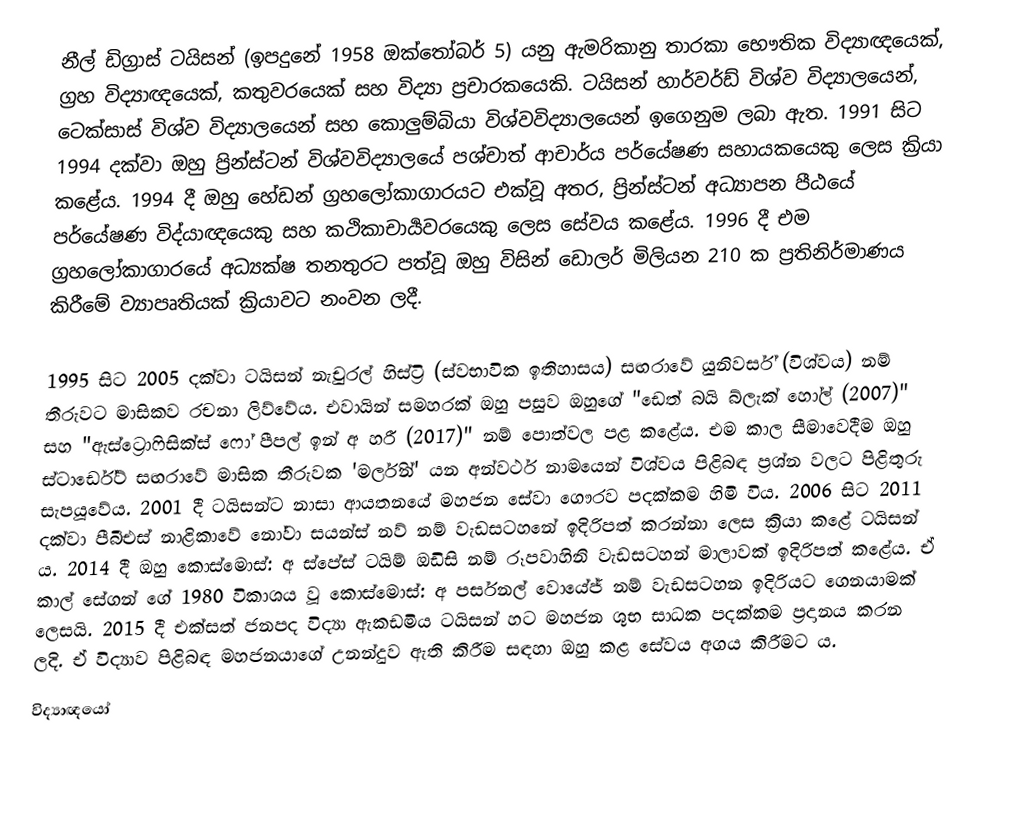
නීල් ඩිග්‍රාස් ටයිසන් (ඉපදුනේ 1958 ඔක්තෝබර් 5) යනු ඇමරිකානු තාරකා භෞතික විද්‍යාඥයෙක්, ග්‍රහ විද්‍යාඥයෙක්, කතුවරයෙක් සහ විද්‍යා ප්‍රචාරකයෙකි. ටයිසන් හාර්වර්ඩ් විශ්ව විද්‍යාලයෙන්, ටෙක්සාස් විශ්ව විද්‍යාලයෙන් සහ කොලුම්බියා විශ්වවිද්‍යාලයෙන් ඉගෙනුම ලබා ඇත. 1991 සිට 1994 දක්වා ඔහු ප්‍රින්ස්ටන් විශ්වවිද්‍යාලයේ පශ්චාත් ආචාර්ය පර්යේෂණ සහායකයෙකු ලෙස ක්‍රියා කළේය. 1994 දී ඔහු හේඩන් ග්‍රහලෝකාගාරයට එක්වූ අතර, ප්‍රින්ස්ටන් අධ්‍යාපන පීඨයේ පර්යේෂණ විද්යාඥයෙකු සහ කථිකාචාර්‍යවරයෙකු ලෙස සේවය කළේය. 1996 දී එම ග්‍රහලෝකාගාරයේ අධ්‍යක්ෂ තනතුරට පත්වූ ඔහු විසින් ඩොලර් මිලියන 210 ක ප්‍රතිනිර්මාණය කිරීමේ ව්‍යාපෘතියක් ක්‍රියාවට නංවන ලදී.

1995 සිට 2005 දක්වා ටයිසන් නැචුරල් හිස්ට්‍රි (ස්වභාවික ඉතිහාසය) සඟරාවේ යුනිවර්ස් (විශ්වය) නම් තීරුවට මාසිකව රචනා ලිව්වේය. එවායින් සමහරක් ඔහු පසුව ඔහුගේ "ඩෙත් බයි බ්ලැක් හෝල් (2007)" සහ "ඇස්ට්‍රොෆිසික්ස් ෆෝ පීපල් ඉන් අ හරී (2017)" නම් පොත්වල පළ කළේය. එම කාල සීමාවෙදීම ඔහු ස්ටාර්ඩේට් සඟරාවේ මාසික තීරුවක 'මර්ලින්' යන අන්වර්ථ නාමයෙන් විශ්වය පිළිබඳ ප්‍රශ්න වලට පිළිතුරු සැපයූවේය. 2001 දී ටයිසන්ට නාසා ආයතනයේ මහජන සේවා ගෞරව පදක්කම හිමි විය. 2006 සිට 2011 දක්වා පීබීඑස් නාළිකාවේ නෝවා සයන්ස් නව් නම් වැඩසටහනේ ඉදිරිපත් කරන්නා ලෙස ක්‍රියා කළේ ටයිසන් ය. 2014 දී ඔහු කොස්මොස්: අ ස්පේස් ටයිම් ඔඩිසි නම් රූපවාහිනි වැඩසටහන් මාලාවක් ඉදිරිපත් කළේය. ඒ කාල් සේගන් ගේ 1980 විකාශය වූ කොස්මොස්: අ පර්සනල් වොයේජ් නම් වැඩසටහන ඉදිරියට ගෙනයාමක් ලෙසයි. 2015 දී එක්සත් ජනපද විද්‍යා ඇකඩමිය ටයිසන් හට මහජන ශුභ සාධක පදක්කම ප්‍රදානය කරන ලදි. ඒ විද්‍යාව පිළිබඳ මහජනයාගේ උනන්දුව ඇති කිරීම සඳහා ඔහු කළ සේවය අගය කිරීමට ය.
විද්‍යාඥයෝ